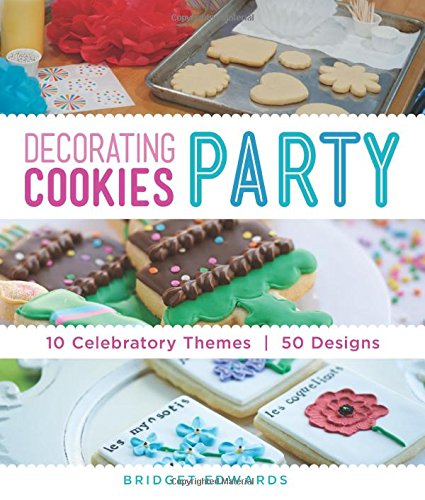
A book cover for Decorating Cookies Party: 10 Celebratory Themes * 50 Designs; Bridget Edwards; Cookbooks, Food & Wine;